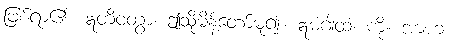
ဖြစ်ရာ၏။ ဣတိဝတွာ၊ ဤသို့မိန့်တော်မူ၍။ ဣမံဂါထံ၊ ကို။ အာဟ၊